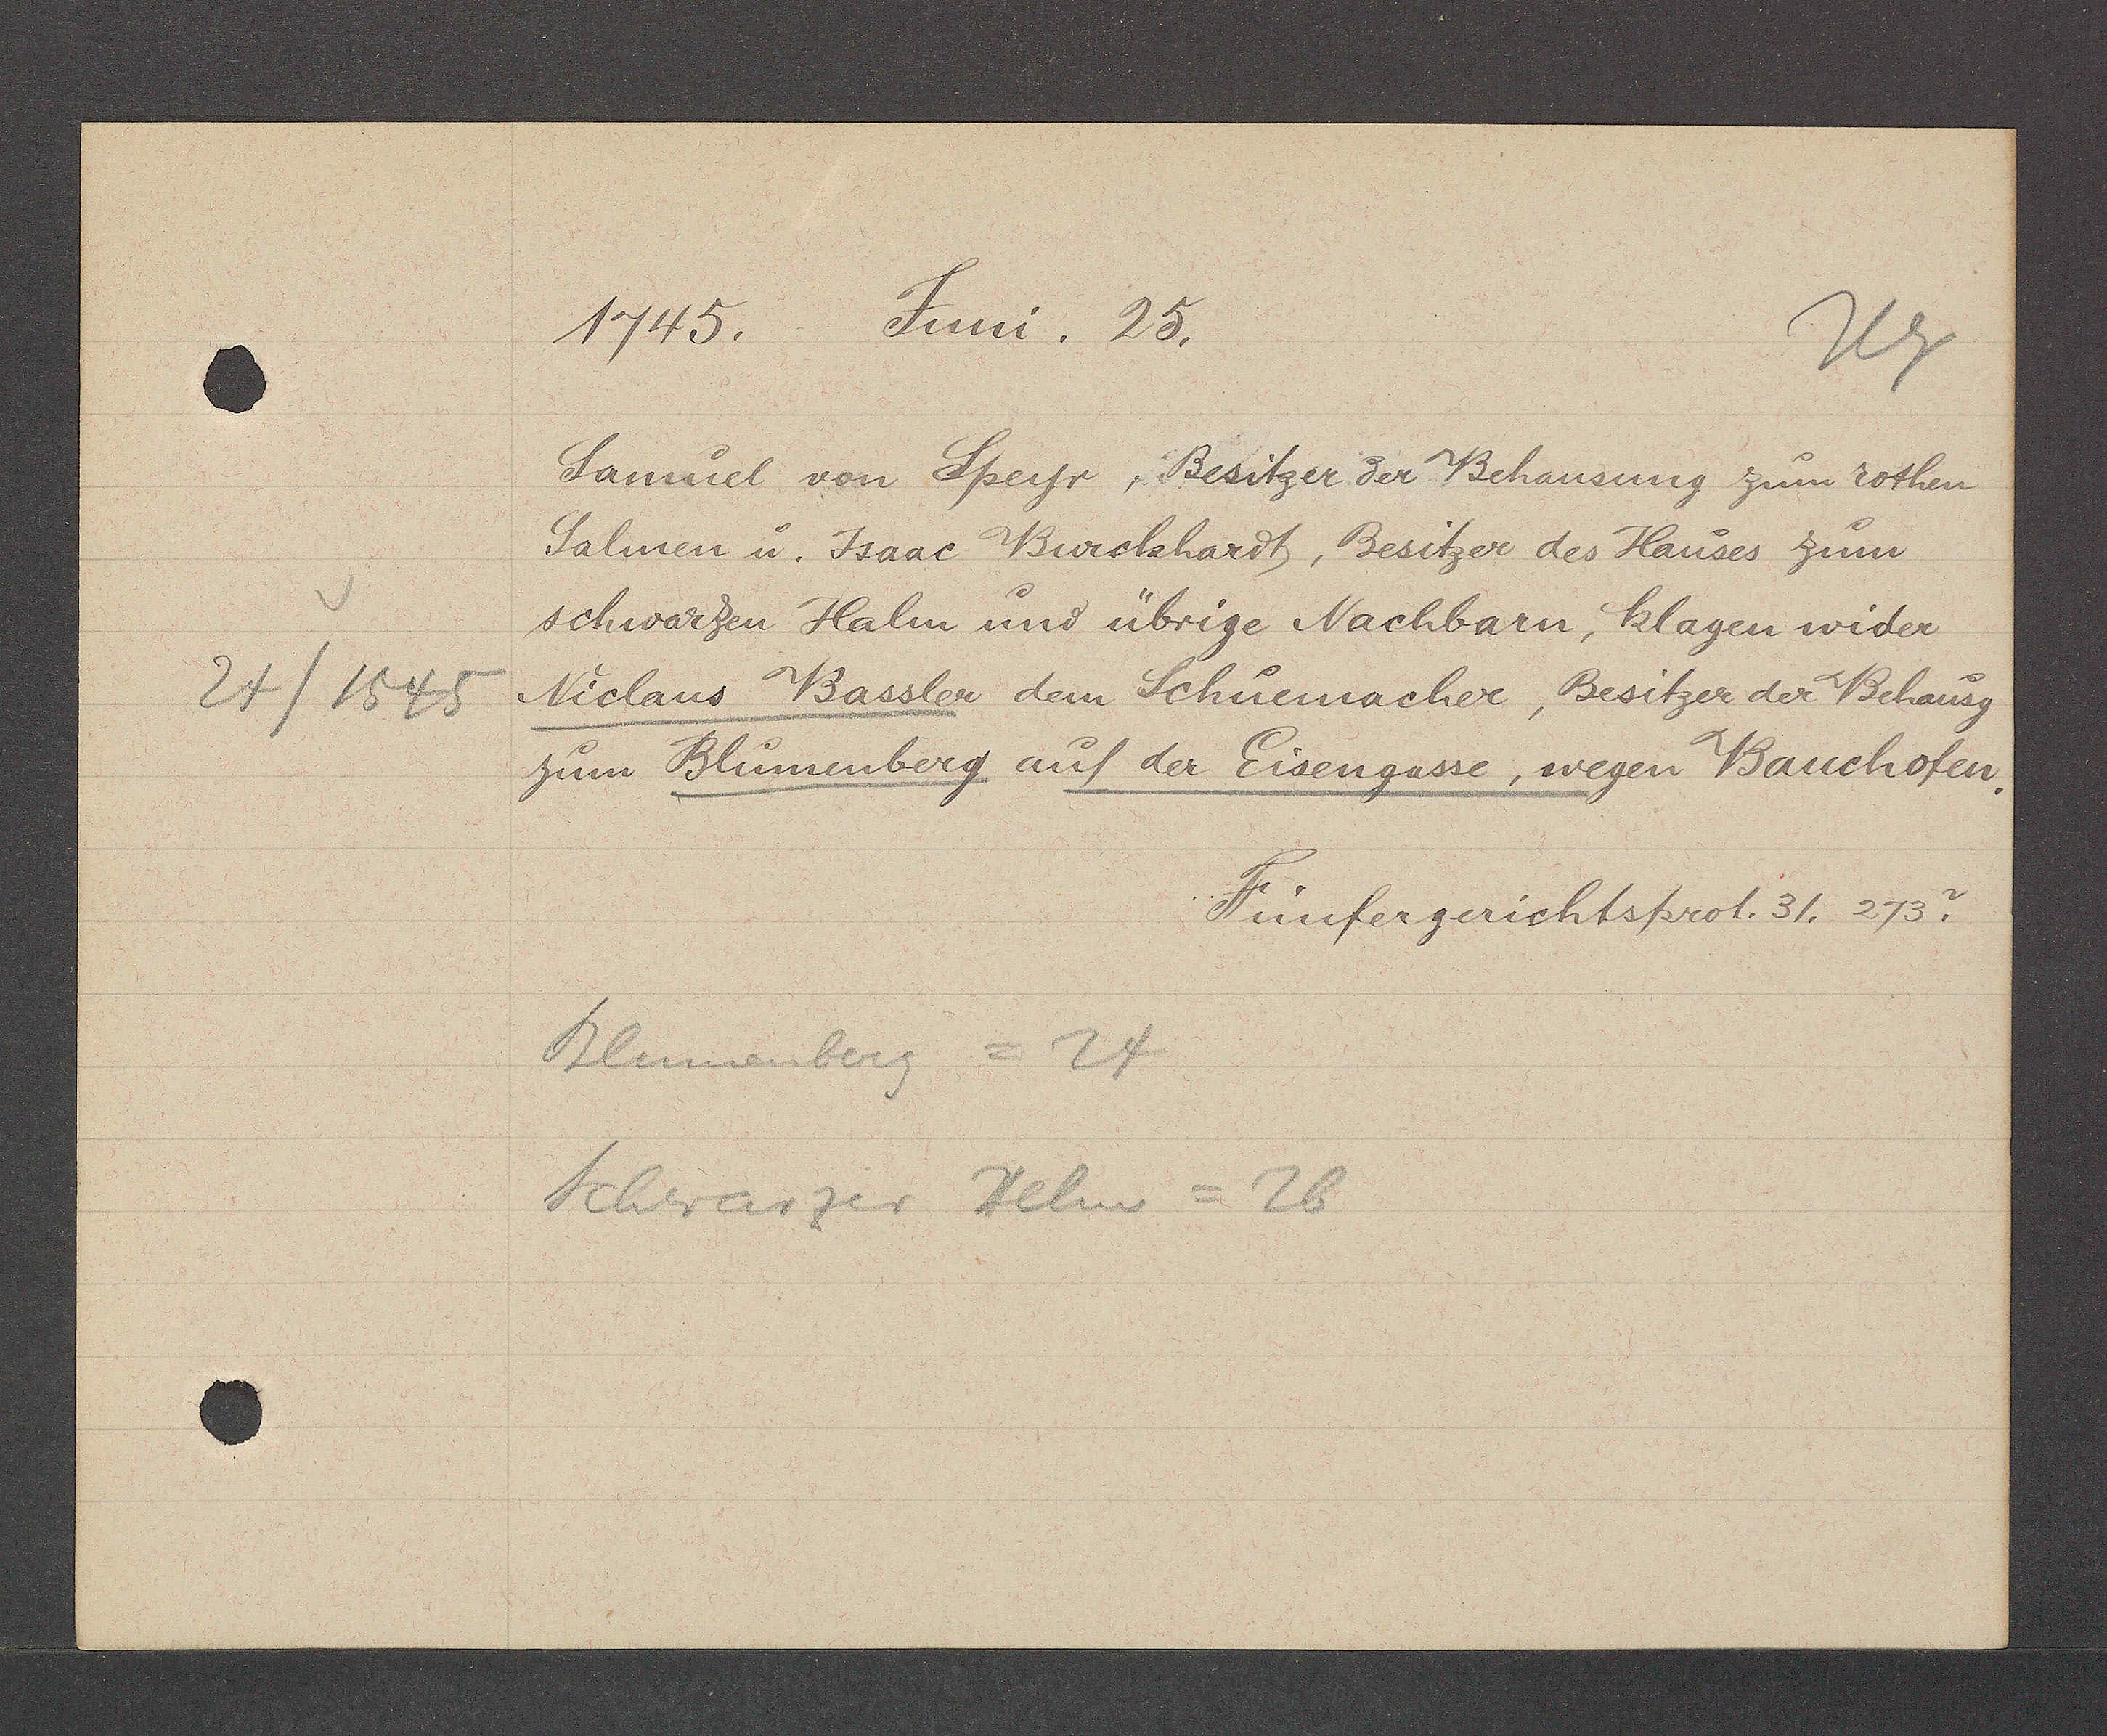
Transcript:
24/1545

1745. Juni. 25.
Samuel von Speyr, Besitzer der Behausung zum rothen
Salmen u. Isaac Burckhardt, Besitzer des Hauses zum
schwarzen Halm und übrige Nachbarn, klagen wider
Niclaus Bassler dem Schuemacher, Besitzer der Behausg
zum Blumenberg auf der Eisengasse, wegen Bauchofen.
Fünfergerichtsprot. 31. 273.v
Blumenberg = 24
Schwarzer Helm = 26